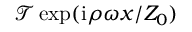
\mathcal { T } \exp ( \mathrm { i } \rho \omega x / Z _ { 0 } )